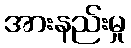
အားနည်းမှု